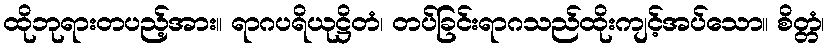
ထိုဘုရားတပည့်အား။ ရာဂပရိယုဋ္ဌိတံ၊ တပ်ခြင်းရာဂသည်ထိုးကျင့်အပ်သော။ စိတ္တံ၊